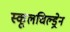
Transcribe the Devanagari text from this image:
स्कूलचिल्ड्रेन